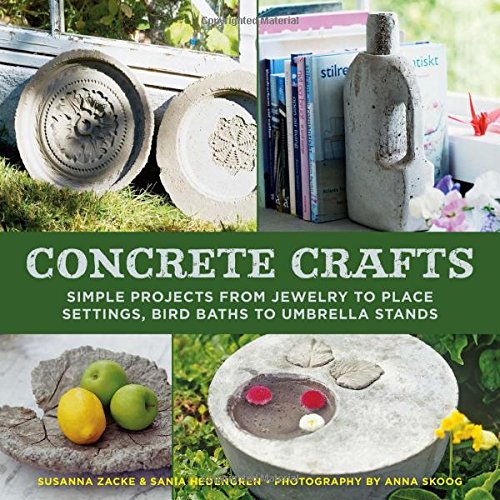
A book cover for Concrete Crafts: Simple Projects from Jewelry to Place Settings, Birdbaths to Umbrella Stands; Susanna Zacke; Crafts, Hobbies & Home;